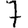
Digit: 7